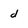
Character: d